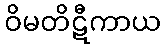
ဝိမတိဋီကာယ